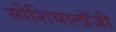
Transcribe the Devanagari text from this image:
सोशियालॉजी